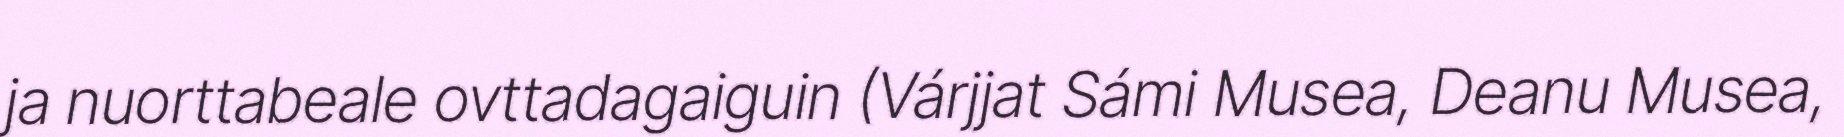
ja nuorttabeale ovttadagaiguin (Várjjat Sámi Musea, Deanu Musea,